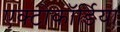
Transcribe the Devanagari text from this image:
एक्टोकॉर्डिया